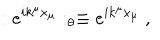
: e ^ { i k ^ { \mu } x _ { \mu } } : _ { \theta } \equiv e ^ { i k ^ { \mu } x _ { \mu } } ~ ,